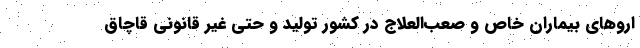
اروهای بیماران خاص و صعب‌العلاج در کشور تولید و حتی غیر قانونی قاچاق